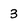
Character: 3